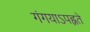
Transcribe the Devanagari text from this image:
गंगयाऽपह्नते